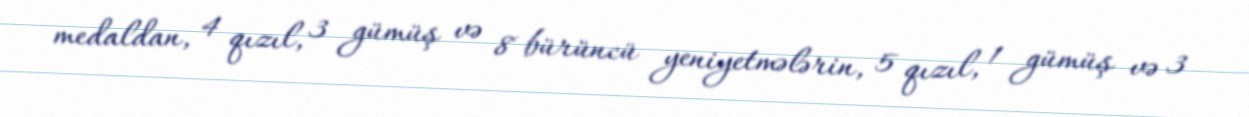
medaldan, 4 qızıl, 3 gümüş və 8 bürüncü yeniyetmələrin, 5 qızıl, 1 gümüş və 3